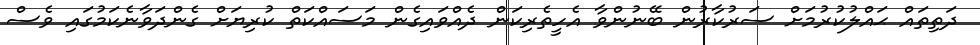
ދަތިތައް ޙައްލުކުރުމަށް ސަރުކާރުން ބޭނުންވާ އެހީތެރިކަން ދެއްވައިގެން މަސައްކަތް ކުރިޔަށް ގެންދަވާނެކަމުގައި ވެސް